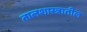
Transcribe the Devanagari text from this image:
तालशास्त्रातील